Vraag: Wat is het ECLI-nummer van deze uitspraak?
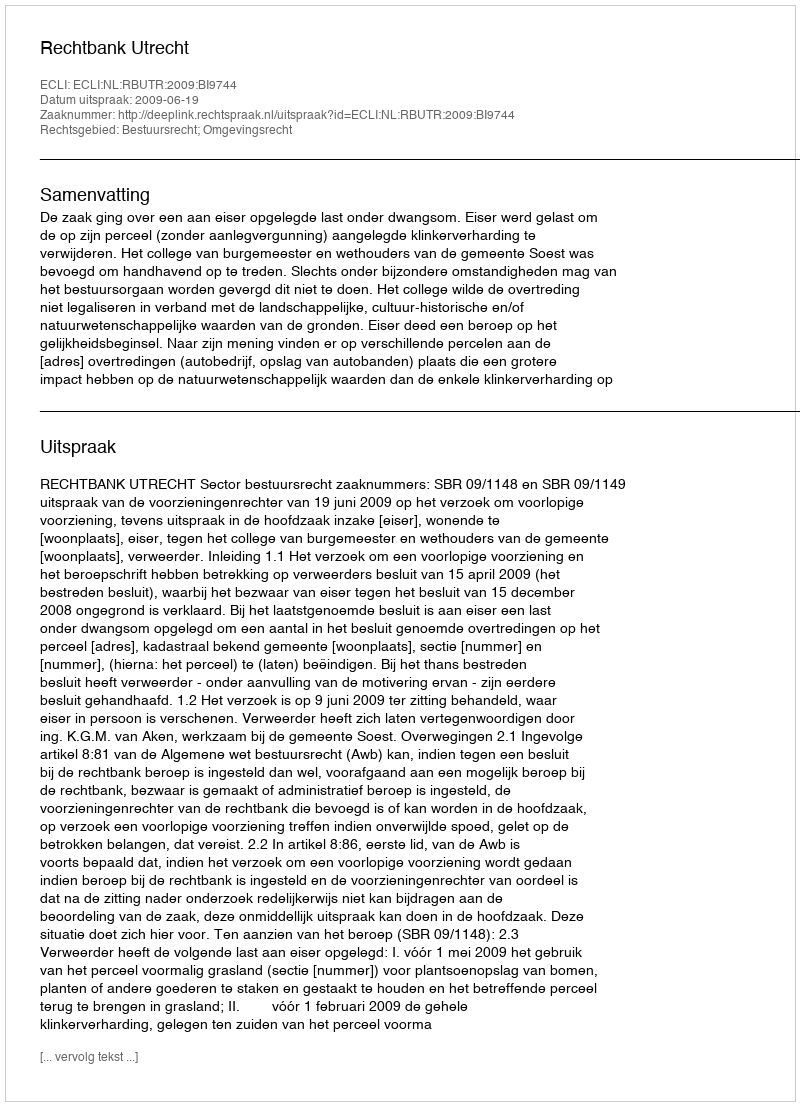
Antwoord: ECLI:NL:RBUTR:2009:BI9744